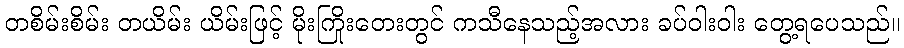
တစိမ်းစိမ်း တယိမ်း ယိမ်းဖြင့် မိုးကြိုးတေးတွင် ကသီနေသည့်အလား ခပ်ဝါးဝါး တွေ့ရပေသည်။